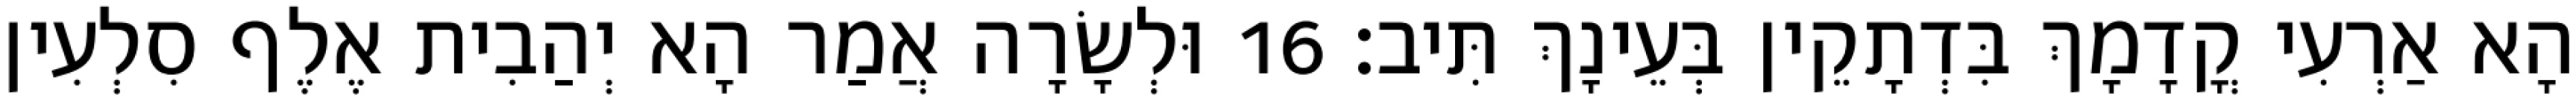
הָא אַרְעִי קֳדָמָךְ בִּדְתָקֵין בְּעֵינָךְ תִּיב׃ 16 וּלְשָׂרָה אֲמַר הָא יְהַבִית אֶלֶף סִלְעִין